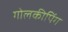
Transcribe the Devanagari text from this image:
गोलकीपिंग